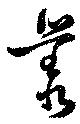
叢